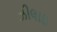
ઝીલાઇ